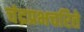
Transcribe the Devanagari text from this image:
चंद्रप्रभचरिते